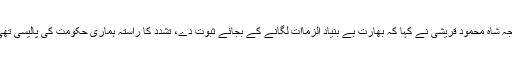
دوسری جانب جرمنی کے شہر میونخ میں گفتگو کرتے ہوئے پاکستان کے وزیرخارجہ شاہ محمود قریشی نے کہا کہ بھارت بے بنیاد الزماات لگانے کے بجائے ثبوت دے، تشدد کا راستہ ہماری حکومت کی پالیسی تھی نہ ہے لیکن بھارت نے پلواما واقعے کی تحقیقات کیے بغیر پاکستان پر الزام دھردیا۔